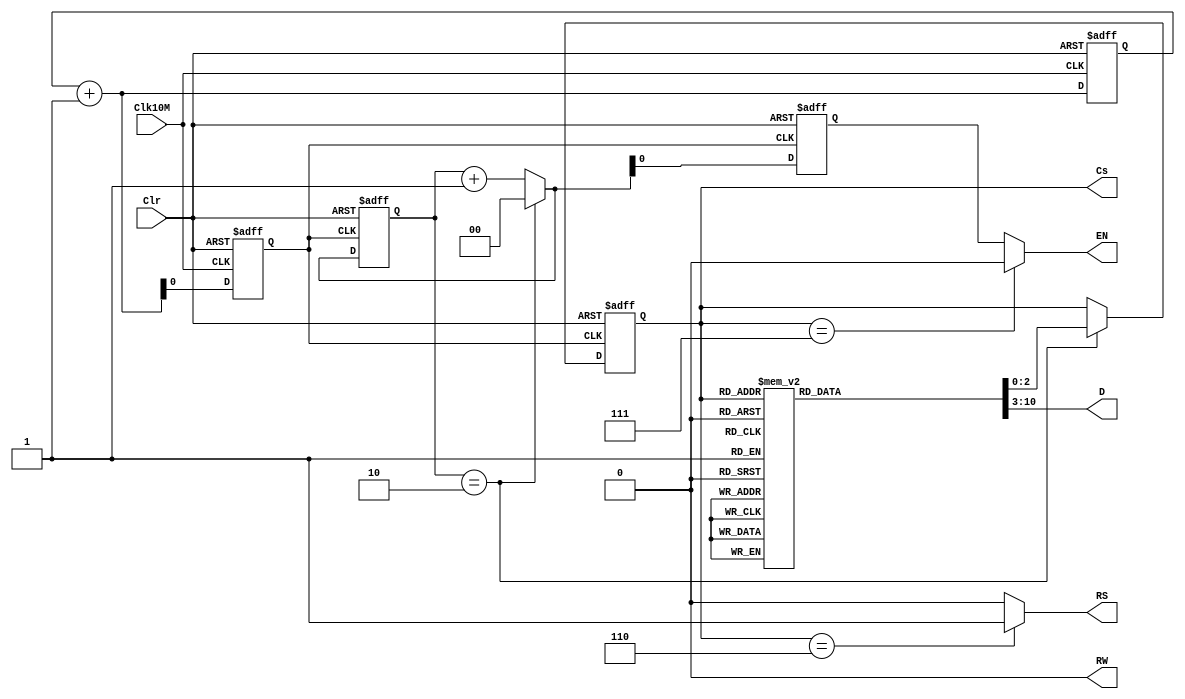
// Ch10 LCM.v
// G

module LCM (Clk10M,Clr,EN,RS,RW,D,Cs);
input  Clk10M,Clr;			// @J
output EN,RS,RW;			// @X 
output [7:0] D;				// KX
output [2:0] Cs;			// GX
reg    Clk,Clk_en;			// is
reg    [7:0] D;				// is
reg    [23:0] Cnt;			// is
reg    [1:0] Cn;			// is
reg    [2:0] Cs, Ns;			// is
parameter [2:0]				// iA, GisX
 S0=3'b000, S1=3'b001, S2=3'b010, S3=3'b011,
 S4=3'b100, S5=3'b101, S6=3'b110, S7=3'b111;

// W
always@ (posedge Clk10M or posedge Clr)
  begin
    if(Clr)
      Cnt = 0;
    else
      Cnt = Cnt + 1;
    Clk = Cnt[0];			// 
//  Clk = Cnt[23];			// q
  end	

// o Clk_state, Clk_en
always@ (posedge Clk or posedge Clr)
  begin
    if (Clr)
      begin
        Cn = 0;
        Cs = 3'b000;
      end
    else if (Cn == 2'b10)
      begin 
        Cn = 0; 
        Cs = Ns;
      end 
    else
      Cn = Cn + 1;
    Clk_en = Cn[0];
  end

// Mw@A Ns PX Q, Xq
always@ (Cs)
  case (Cs)
    S0 : begin
           Ns = S1;
           D = 8'b00111000;		// 8'h38
         end
    S1 : begin
           Ns = S2;
           D = 8'b00111000;		// 8'h38 
         end
    S2 : begin
           Ns = S3;
           D = 8'b00001110;		// 8'h0E 
         end
    S3 : begin
           Ns = S4;
           D = 8'b00000110;		// 8'h06 
         end
    S4 : begin
           Ns = S5;
           D = 8'b00000001;		// 8'h01 
         end
    S5 : begin
           Ns = S6;
           D = 8'b11000100;		// 8'hC4 
 		  			// DD RAM ADDRESS 8'h44                       
         end
    S6 : begin
           Ns = S7;
           D = 8'b01000001;		// DD RAM DATA 8'h41='A'
         end
    S7 : begin
           Ns = S7;
           D = 8'b00000000;	                       
         end
  endcase

assign EN = (Cs == S7)  ? 0 : Clk_en;
assign RS = (Cs == S6)  ? 1 : 0;
assign RW = 0;

endmodule